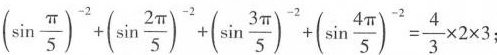
$$(\sin \frac{\pi}{5})^{-2}+(\sin \frac{2 \pi}{5})^{-2}+(\sin \frac{3 \pi}{5})^{-2}+(\sin \frac{4 \pi}{5})^{-2}= \frac{4}{3}\times 2 \times 3;$$